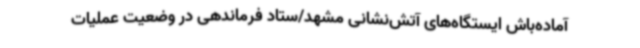
آماده‌باش ایستگاه‌های آتش‌نشانی مشهد/ستاد فرماندهی در وضعیت عملیات